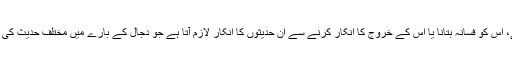
دجال ایک حقیقت ہے، اس کو فسانہ بتانا یا اس کے خروج کا انکار کرنے سے ان حدیثوں کا انکار لازم آتا ہے جو دجال کے بارے میں مختلف حدیث کی کتابوں میں وارد ہیں۔